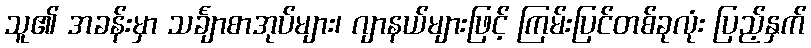
သူ၏ အခန်းမှာ သင်္ချာစာအုပ်များ၊ ဂျာနယ်များဖြင့် ကြမ်းပြင်တစ်ခုလုံး ပြည့်နှက်